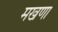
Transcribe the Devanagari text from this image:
मखणा